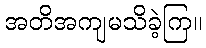
အတိအကျမသိခဲ့ကြ။